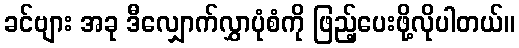
ခင်ဗျား အခု ဒီလျှောက်လွှာပုံစံကို ဖြည့်ပေးဖို့လိုပါတယ်။